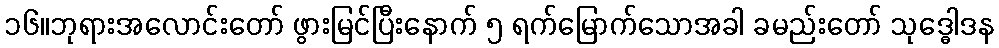
၁၆။ဘုရားအလောင်းတော် ဖွားမြင်ပြီးနောက် ၅ ရက်မြောက်သောအခါ ခမည်းတော် သုဒ္ဓေါဒန